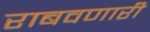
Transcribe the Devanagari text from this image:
राबवणारी